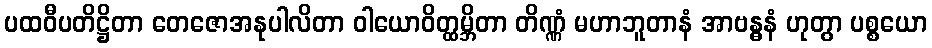
ပထဝီပတိဋ္ဌိတာ တေဇောအနုပါလိတာ ဝါယောဝိတ္ထမ္ဘိတာ တိဏ္ဏံ မဟာဘူတာနံ အာဗန္ဓနံ ဟုတွာ ပစ္စယော